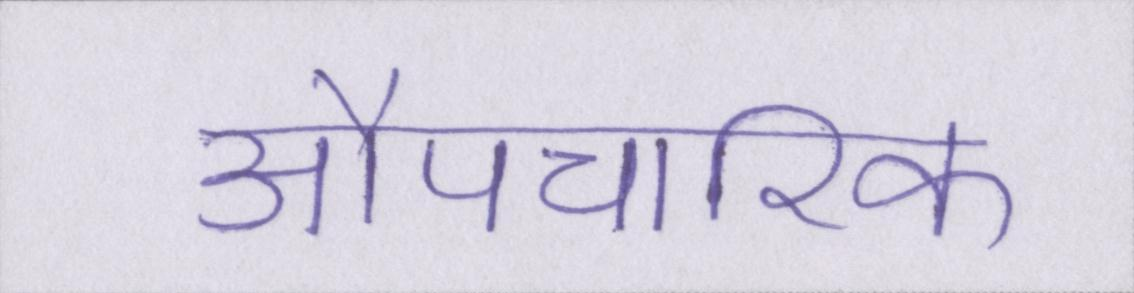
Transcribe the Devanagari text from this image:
औपचारिक